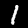
Digit: 1